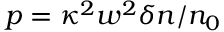
p = \kappa ^ { 2 } w ^ { 2 } \delta n / n _ { 0 }